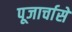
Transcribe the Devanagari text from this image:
पूजार्चासे